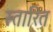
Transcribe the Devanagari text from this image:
स्तारित